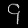
Digit: ၄